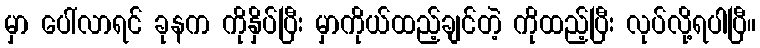
မှာ ပေါ်လာရင် ခုနက ကိုနှိပ်ပြီး မှာကိုယ်ထည့်ချင်တဲ့ ကိုထည့်ပြီး လုပ်လို့ရပါပြီ။